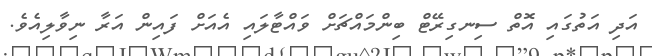
އަދި އަތުގައި އޮތް ސިނގިރޭޓް ބިންމައްޗަށް ވައްޓާލައި އެއަށް ފައިން އަރާ ނިވާލިއެވެ.